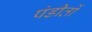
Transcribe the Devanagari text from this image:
पंडीतों